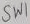
Text: SWI